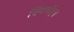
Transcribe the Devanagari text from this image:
क्विनॉइन